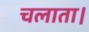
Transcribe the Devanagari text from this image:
चलाता।